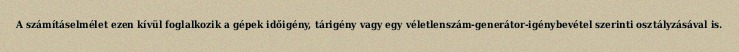
A számításelmélet ezen kívül foglalkozik a gépek időigény, tárigény vagy egy véletlenszám-generátor-igénybevétel szerinti osztályzásával is.